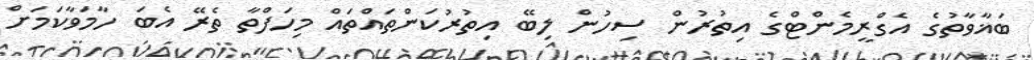
ބަޣާވާތުގެ އެގްރީމެންޓްގެ އިތުރުން ސިހުން ލިބޭ އިތުރުކަންތައްތައް މިހަފްތާ ތެރޭ އެބަ ހާމަވާކަމަށް